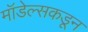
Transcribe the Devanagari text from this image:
मॉडेल्सकडून